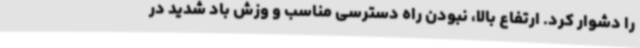
را دشوار کرد. ارتفاع بالا، نبودن راه دسترسی مناسب و وزش باد شدید در